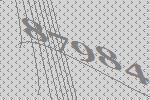
87984